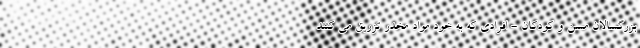
بزرگسالان مسن و کودکان - افرادی که به خود مواد مخدر تزریق می کنند